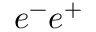
e ^ { - } e ^ { + }